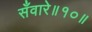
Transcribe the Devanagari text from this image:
सँवारे॥१०॥